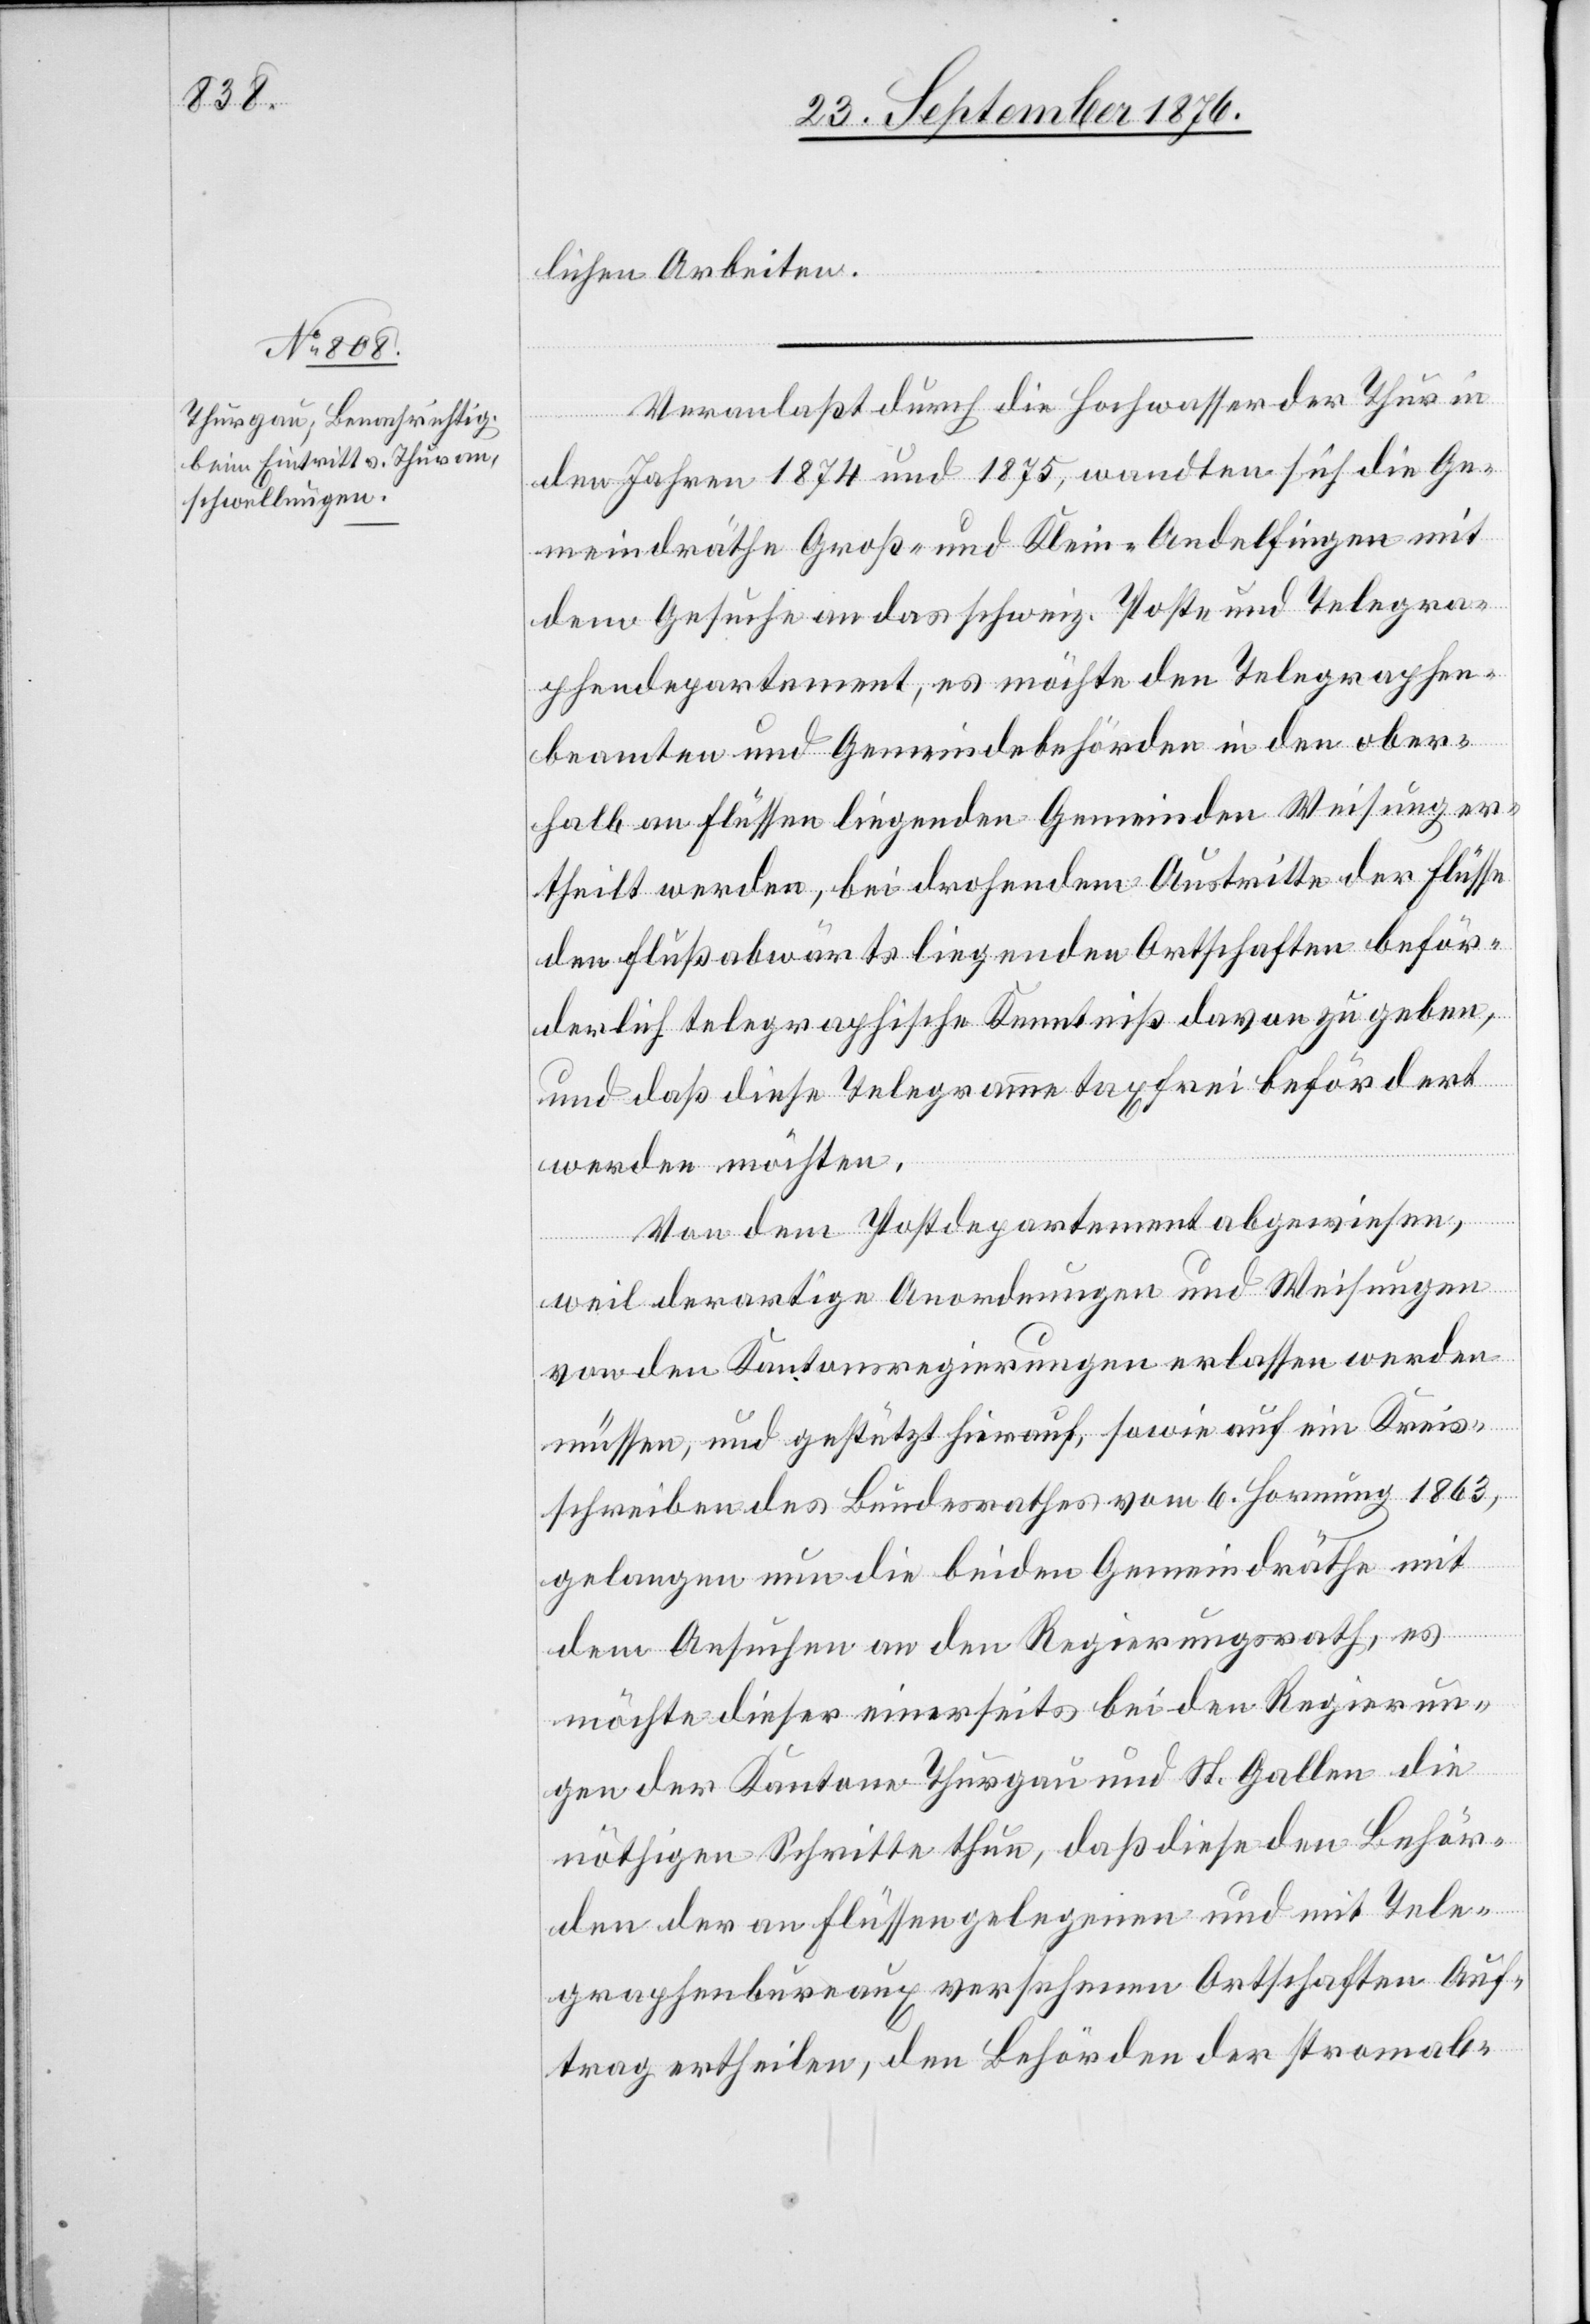
lichen Arbeiten.
Veranlaßt durch die Hochwasser der Thur in
den Jahren 1874 und 1875, wandten sich die Ge¬
meindräthe Groß- und Klein-Andelfingen mit
dem Gesuche an das schweiz. Post- und Telegra¬
phendepartement, es möchte den Telegraphen¬
beamten und Gemeindebehörden in den ober¬
halb an Flüssen liegenden Gemeinden Weisung er¬
theilt werden, bei drohendem Austritte der Flüsse
den flußabwärts liegenden Ortschaften beför¬
derlich telegraphische Kenntniß davon zu geben,
und daß diese Telegramme taxfrei befördert
werden möchten.
Von dem Postdepartement abgewiesen,
weil derartige Anordnungen und Weisungen
von den Kantonsregierungen erlassen werden
müssen, und gestützt hierauf, sowie auf ein Kreis¬
schrieben des Bundesrathes vom 6. Hornung 1863,
gelangen nun die beiden Gemeindräthe mit
dem Ansuchen an den Regierungsrath, es
möchte dieser einerseits bei den Regierun¬
gen der Kantone Thurgau und St. Gallen die
nöthigen Schritte thun, daß diese den Behör¬
den an Flüssen gelegenen und mit Tele¬
graphenbureaux versehenen Ortschaften Auf¬
trag ertheilen, den Behörden der stromab-